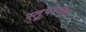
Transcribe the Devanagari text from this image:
स्तूपांच्या